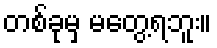
တစ်ခုမှ မတွေ့ရဘူး။